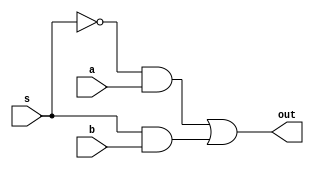

// using datflow model

module mux2_1 (out,a,b,s);
	input a,b,s;
	output out;
    assign out = (~s&a)|(s&b);
endmodule  

/*
// Using behavioral model

module mux2_1 (out,a,b,s);
	input a,b,s;
	output reg out;
	
	always@(a,b,s)
		begin 
			if (s)
			   out = b;
			else 
			out = a;
		end
endmodule  

//_________________________________Gatelevel modeling  


module mux2_1 (out,a,b,s);
	input a,b,s;
	output out;
    wire  invs,out0,out1;
	
	not inv(invs,s);
	
	and and0(out0,a,invs);
	and and1(out1,b,s);
	
	or or_out (out,out0,out1);
endmodule  

*/